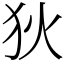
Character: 狄